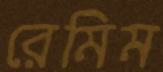
রেমিম